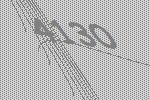
4130